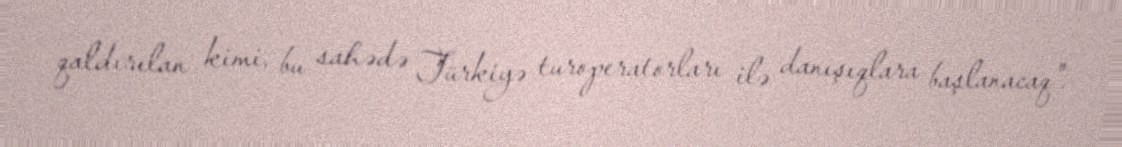
qaldırılan kimi, bu sahədə Türkiyə turoperatorları ilə danışıqlara başlanacaq".